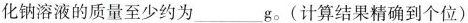
化钠溶液的质量至少约为___g。(计算结果精确到个位)